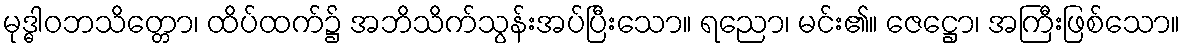
မုဒ္ဓါဝဘသိတ္တော၊ ထိပ်ထက်၌ အဘိသိက်သွန်းအပ်ပြီးသော။ ရညော၊ မင်း၏။ ဇေဋ္ဌော၊ အကြီးဖြစ်သော။